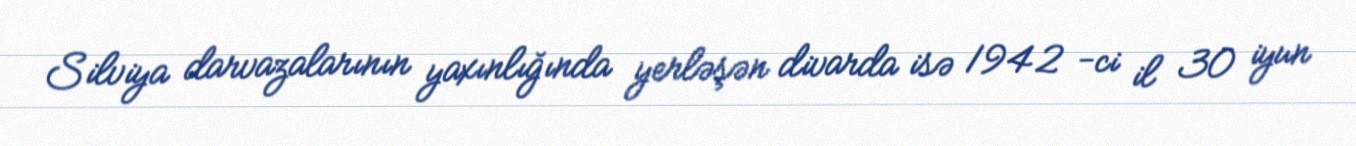
Silviya darvazalarının yaxınlığında yerləşən divarda isə 1942 -ci il 30 iyun